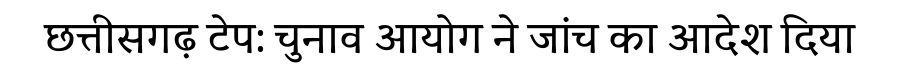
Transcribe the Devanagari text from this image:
छत्तीसगढ़ टेप: चुनाव आयोग ने जांच का आदेश दिया